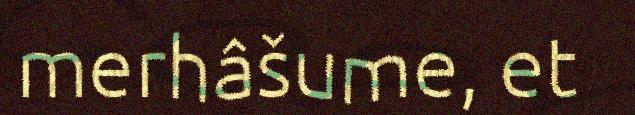
merhâšume, et